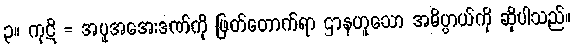
၃။ ကုဋိ = အပူအအေးဒဏ်ကို ဖြတ်တောက်ရာ ဌာနဟူသော အဓိပ္ပာယ်ကို ဆိုပါသည်။